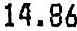
14.86